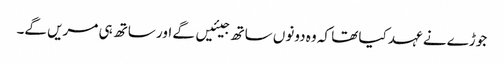
جوڑے نے عہد کیا تھا کہ وہ دونوں ساتھ جیئیں گے اور ساتھ ہی مریں گے۔